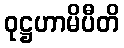
ဝုဋ္ဌဟာမိပီတိ